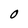
Character: O